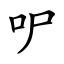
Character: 㕧